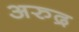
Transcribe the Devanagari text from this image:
अरुद्र